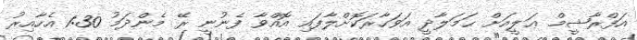
އަފްރާޝީމް ޢަލީއަށް ޙަމަލާދީ އަވަހާރަކޮށްލާފައި އޮއްވާ ފެނުނީ ރޭ މެންދަމު 1:30 އެހާއިރު